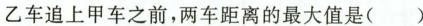
乙车追上甲车之前，两车距离的最大值是()